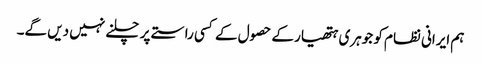
ہم ایرانی نظام کو جوہری ہتھیار کے حصول کے کسی راستے پر چلنے نہیں دیں گے۔